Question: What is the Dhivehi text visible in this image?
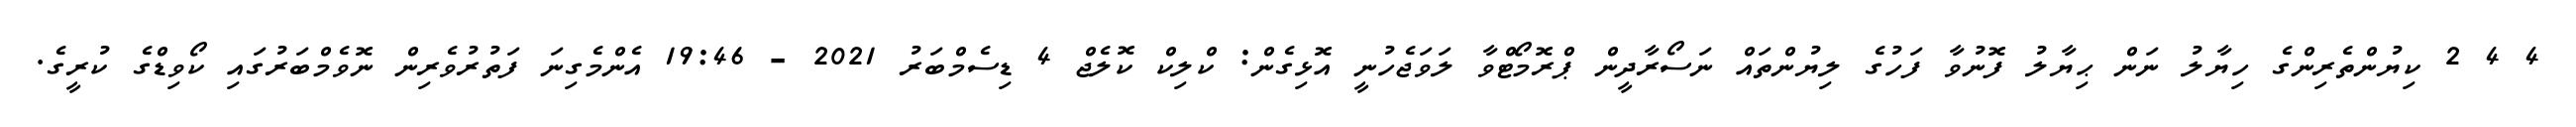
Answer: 4 4 2 ކިޔުންތެރިންގެ ހިޔާލު ނަން ޙިޔާލު ފޮނުވާ ފަހުގެ ލިޔުންތައް ނަސޯރާދީން ޕްރޮމޯޓްވާ ލަވަޖެހުނީ އޮޅިގެން: ކްލިކް ކޮލެޖް 4 ޑިސެމްބަރު 2021 - 19:46 އެންމެގިނަ ފަތުރުވެރިން ނޮވެމްބަރުގައި ކޯވިޑްގެ ކުރީގެ.